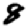
Digit: 8